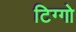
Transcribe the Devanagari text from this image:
टिग्गो